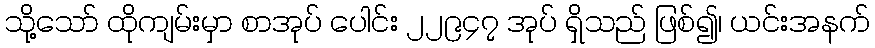
သို့သော် ထိုကျမ်းမှာ စာအုပ် ပေါင်း ၂၂၉၄၇ အုပ် ရှိသည် ဖြစ်၍၊ ယင်းအနက်